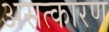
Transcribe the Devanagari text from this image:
असत्कारण